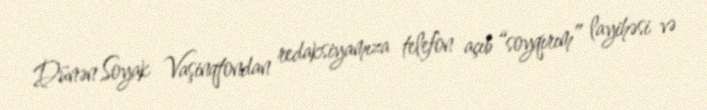
Dünən Soyak Vaşinqtondan redaksiyamıza telefon açıb “soyqırım” layihəsi və